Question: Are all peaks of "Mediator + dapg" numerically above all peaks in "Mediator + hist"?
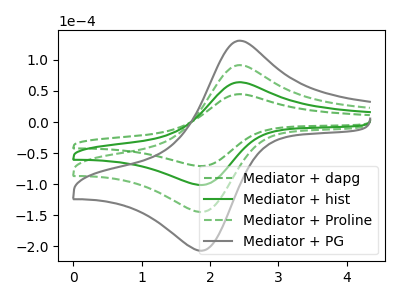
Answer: <think>The green dashed curve "Mediator + dapg" has an anodic peak at (2.45V, 44.85uA) and a cathodic peak at (1.90V, -71.00uA). The green curve "Mediator + hist" has an anodic peak at (2.45V, 64.10uA) and a cathodic peak at (1.90V, -101.50uA). The green dashed curve "Mediator + Proline" has an anodic peak at (2.45V, 128.20uA) and a cathodic peak at (1.90V, -203.00uA). The gray curve "Mediator + PG" has an anodic peak at (2.45V, 192.30uA) and a cathodic peak at (1.90V, -304.50uA).</think>
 <answer>Every peak in "Mediator + dapg" is lower than every peak in "Mediator + hist".</answer>
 <eval>lower</eval>